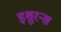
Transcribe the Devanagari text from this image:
इशुरन्स